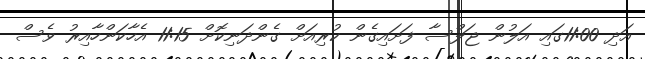
އަދި 11:00ގައި އަލުން ޖަލްސާ ފަށައިގެން ކުރިއަށް ގެންދަނިކޮށް 11:15 އެހާކަންހާއިރު ވެސް